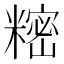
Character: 𬖵